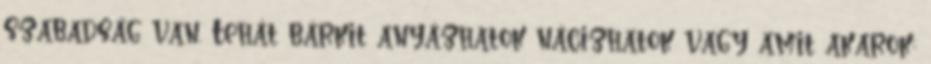
szabadság van. Tehát bárkit anyázhatok nácizhatok vagy amit akarok;